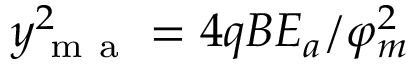
y _ { \mathrm { ~ m ~ a ~ } } ^ { 2 } = 4 q B E _ { a } / \varphi _ { m } ^ { 2 }